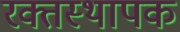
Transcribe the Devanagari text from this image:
रक्तस्थापक